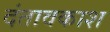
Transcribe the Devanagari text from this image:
दंतावकाश